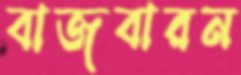
বাজবারন